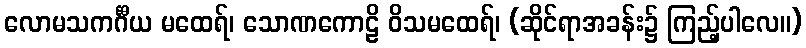
လောမသကင်္ဂီယ မထေရ်၊ သောဏကောဠိ ဝိသမထေရ်၊ (ဆိုင်ရာအခန်း၌ ကြည့်ပါလေ။)